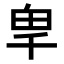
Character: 𭅡